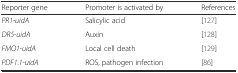
<table><thead><tr><td><b>Reporter gene</b></td><td><b>Promoter is activated by</b></td><td><b>References</b></td></tr></thead><tbody><tr><td><i>PR1</i>-<i>uidA</i></td><td>Salicylic acid</td><td>[127]</td></tr><tr><td><i>DR5</i>-<i>uidA</i></td><td>Auxin</td><td>[128]</td></tr><tr><td><i>FMO1</i>-<i>uidA</i></td><td>Local cell death</td><td>[129]</td></tr><tr><td><i>PDF1.1</i>-<i>uidA</i></td><td>ROS, pathogen infection</td><td>[86]</td></tr></tbody></table>